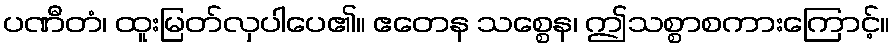
ပဏီတံ၊ ထူးမြတ်လှပါပေ၏။ ဧတေန သစ္စေန၊ ဤသစ္စာစကားကြောင့်။